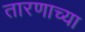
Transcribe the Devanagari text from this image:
तारणाच्या